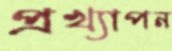
প্রখ্যাপন